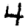
Digit: 4